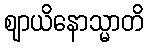
ဈာယိနောသ္မာတိ